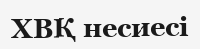
ХВҚ несиесі